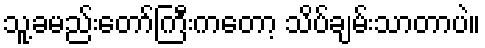
သူ့ခမည်းတော်ကြီးကတော့ သိပ်ချမ်းသာတာပဲ။